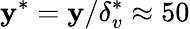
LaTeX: \mathbf{y}^{*}=\mathbf{y}/\delta_{v}^{*}\approx50